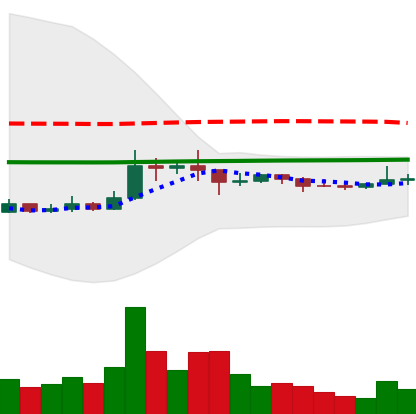
Ticker: XRP-USD
Chart end date: 2021-01-20
Forward return: -9.25%
Label: down_7plus